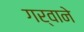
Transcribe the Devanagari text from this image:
गर्वाने